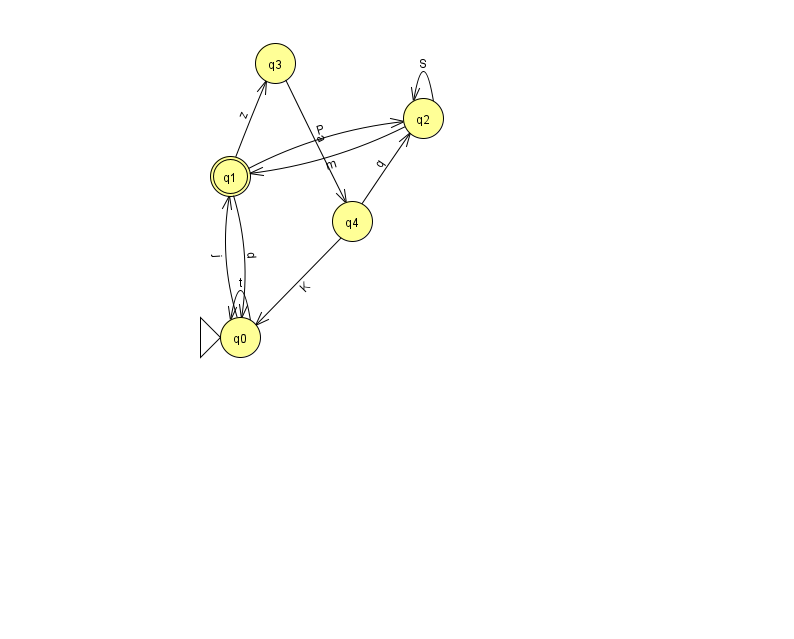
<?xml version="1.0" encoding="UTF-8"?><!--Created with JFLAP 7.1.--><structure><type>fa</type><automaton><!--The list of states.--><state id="0" name="q0"><x>240.0</x><y>324.0</y><initial/></state><state id="1" name="q1"><x>230.0</x><y>163.0</y><final/></state><state id="2" name="q2"><x>423.0</x><y>105.0</y></state><state id="3" name="q3"><x>275.0</x><y>50.0</y></state><state id="4" name="q4"><x>352.0</x><y>208.0</y></state><!--The list of transitions.--><transition><from>1</from><to>2</to><read>P</read></transition><transition><from>4</from><to>0</to><read>K</read></transition><transition><from>2</from><to>2</to><read>S</read></transition><transition><from>3</from><to>4</to><read>a</read></transition><transition><from>0</from><to>0</to><read>t</read></transition><transition><from>0</from><to>1</to><read>j</read></transition><transition><from>4</from><to>2</to><read>q</read></transition><transition><from>1</from><to>0</to><read>d</read></transition><transition><from>1</from><to>3</to><read>z</read></transition><transition><from>2</from><to>1</to><read>m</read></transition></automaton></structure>